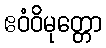
ဧဝံဝိမုတ္တော